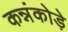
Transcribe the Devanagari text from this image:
कन्नंकोड़े